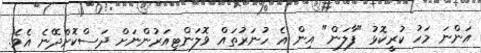
އަންނަ މަހު ކުރީކޮޅު "ފާލަން" އިން އެ ހުނަރުތައް ވޮލަންޓިއަރުންނަށް ދަސްކޮށްދޭނެ އެވެ.